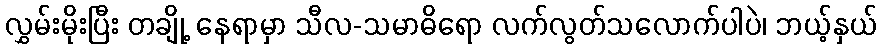
လွှမ်းမိုးပြီး တချို့ နေရာမှာ သီလ-သမာဓိရော လက်လွတ်သလောက်ပါပဲ၊ ဘယ့်နှယ်